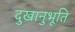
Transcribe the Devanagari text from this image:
दुखानुभूति